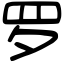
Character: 罗